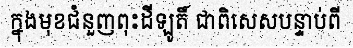
ក្នុងមុខជំនួញពុះដីឡូតិ៍ ជាពិសេសបន្ទាប់ពី